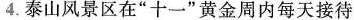
4.泰山风景区在”十一”黄金周内每天接待